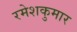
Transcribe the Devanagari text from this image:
रमेशकुमार